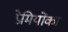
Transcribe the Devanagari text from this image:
प्रेमियोंका